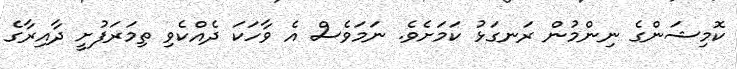
ކޮމިޝަންގެ ނިންމުން ރަނގަޅު ކަމަށެވެ. ނަމަވެސް އެ ވާހަކަ ދެއްކެވި ތިމަރަފުށީ ދާއިރާގެ